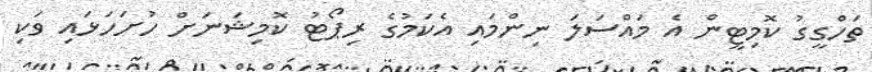
ތަހްގީގު ކޮމިޓީން އެ މައްސަލަ ނިންމައި އެކަމުގެ ރިޕޯޓު ކޮމިޝަނަށް ހުށަހަޅައި ވަކި